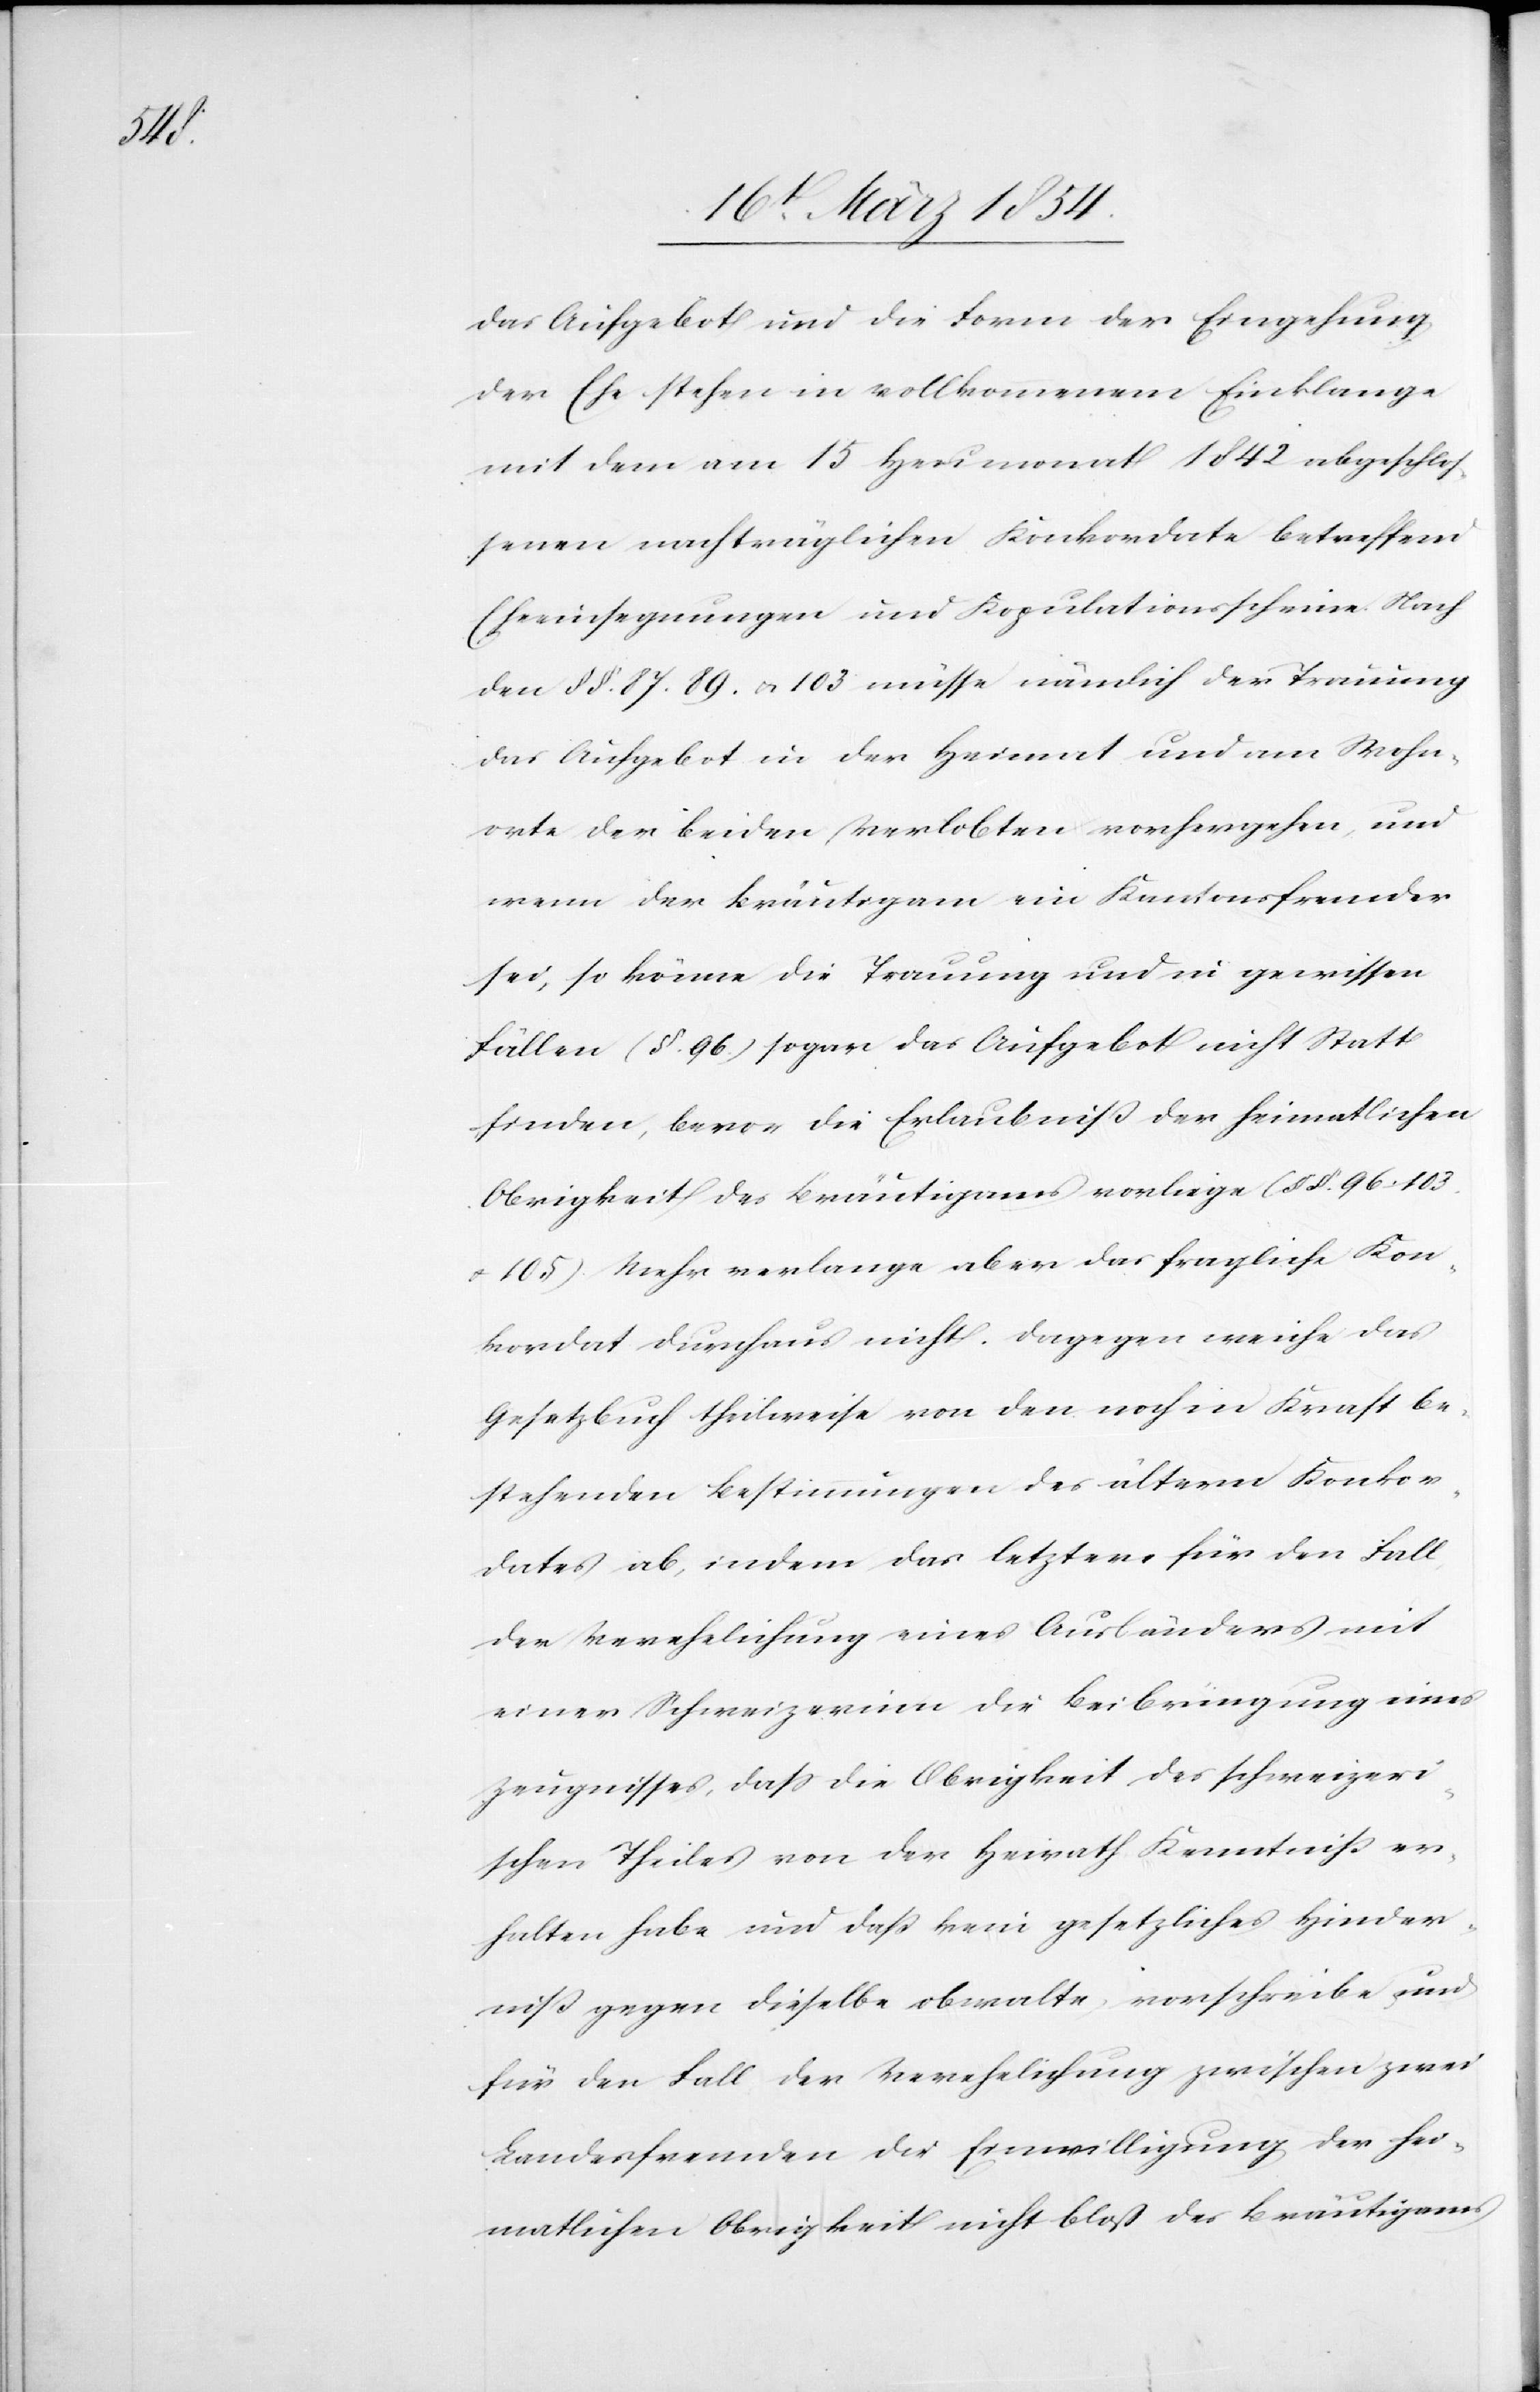
das Aufgebot und die Form der Eingehung
der Ehe stehen in vollkommenem Einklange
mit dem am 15 Herbstmonat 1842 abgeschlos¬
senen nachträglichen Konkordate betreffend
Eheeinsegnungen und Kopulationsscheine. Nach
den §§. 87. 89. u. 103 müsse nämlich der Trauung
das Aufgebot in der Heimat und am Wohn¬
orte der beiden Verlobten vorhergehen und
wenn der Bräutigam ein Kantonsfremder
sei, so könne die Trauung und in gewissen
Fällen (§. 96.) sogar das Aufgebot nicht Statt
finden, bevor die Erlaubniß der heimatlichen
Obrigkeit des Bräutigams vorliege (§§. 96. 103.
u. 105). Mehr verlange aber das fragliche Kon¬
kordat durchaus nicht. Dagegen weiche das
Gesetzbuch theilweise von den noch in Kraft be¬
stehenden Bestimmungen des ältern Konkor¬
dates ab, indem das letztere für den Fall
der Verehelichung eines Ausländers mit
einer Schweizerinn die Beibringung eines
Zeugnisses, daß die Obrigkeit des schweizeri¬
schen Theiles von der Heirath Kenntniß er¬
halten habe und daß kein gesetzliches Hinder¬
niß gegen dieselbe obwalte, vorschreibe und
für den Fall der Verehelichung zwischen zwei
Landesfremden die Einwilligung der hei¬
matlichen Obrigkeit nicht bloß des Bräutigams